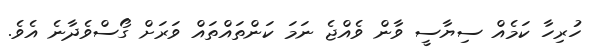
ހުރިހާ ކަމެއް ސިޔާސީ ވާން ވެއްޖެ ނަމަ ކަންތައްތައް ވަރަށް ގޯސްވެދާނެ އެވެ.